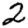
Digit: 2